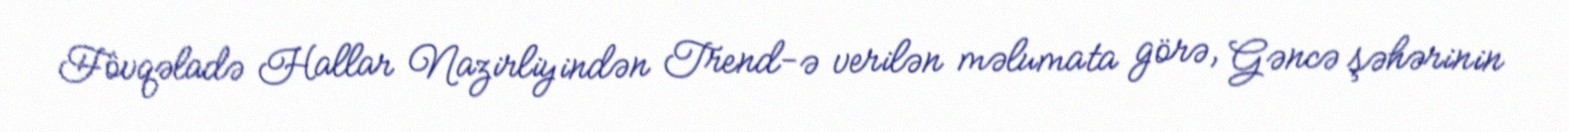
Fövqəladə Hallar Nazirliyindən Trend-ə verilən məlumata görə, Gəncə şəhərinin